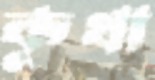
কুথা